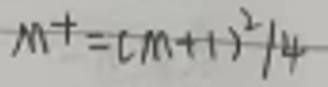
$m+=(m + 1)^2/4$